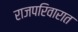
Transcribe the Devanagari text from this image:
राजपरिवारात